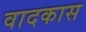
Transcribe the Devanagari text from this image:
वादकास